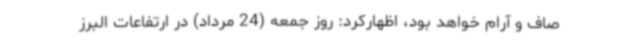
صاف و آرام خواهد بود، اظهارکرد: روز جمعه (24 مرداد) در ارتفاعات البرز